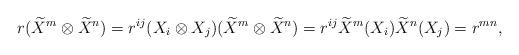
LaTeX: \begin{align*}r(\widetilde{X}^{m}\otimes\widetilde{X}^{n})=r^{ij}(X_i\otimes X_j)(\widetilde{X}^{m}\otimes\widetilde{X}^{n})=r^{ij}\widetilde{X}^{m}(X_i)\widetilde{X}^{n}(X_j)=r^{mn},\end{align*}